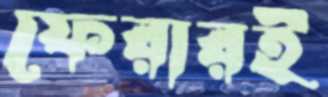
ফেরারই